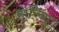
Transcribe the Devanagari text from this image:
हारिना